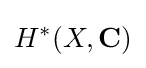
H^{*}(X,\mathbf {C} )